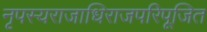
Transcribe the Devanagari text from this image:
नृपस्यराजाधिराजपरिपूजित